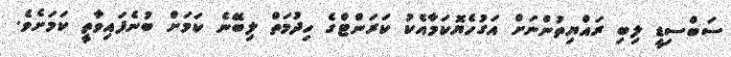
ސަބްސިޑީ ލިބި ރައްޔިތުންނަށް އަގުހެޔޮކަމާއެކު ކަރަންޓްގެ ހިދުމަތް ލިބޭނެ ކަމަށް ބުނެފައިވާތީ ކަމަށެވެ.